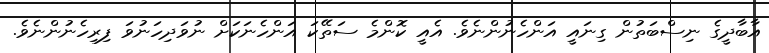
އާބާދީގެ ނިސްބަތުން ގިނައީ އަންހެނުންނެވެ. އެއީ ކޮންމެ ސަތޭކަ އަންހެނަކަށް ނުވަދިހަނުވަ ފިރިހެނުންނެވެ.